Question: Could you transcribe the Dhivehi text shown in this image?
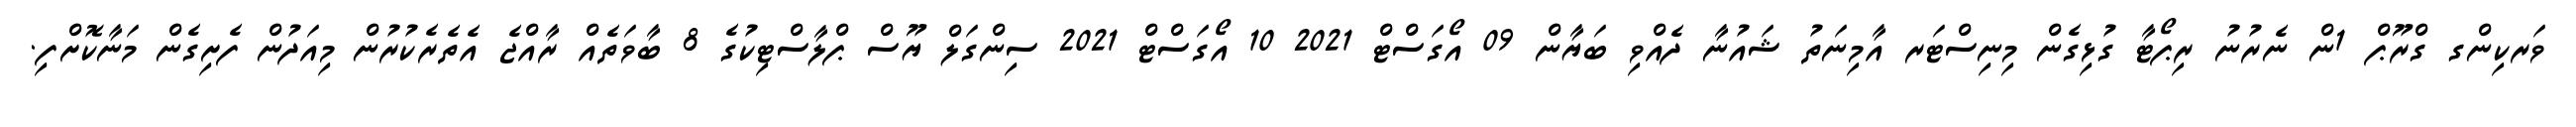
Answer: ވަރކިންގ ގްރޫޕް 1ން ނެރުނު ރިޕޯޓާ ގުޅިގެން މިނިސްޓަރ އާމިނަތު ޝައުނާ ދެއްވި ބަޔާން 09 އޯގަސްޓް 2021 10 އޯގަސްޓް 2021 ސިންގަލް ޔޫސް ޕްލާސްޓިކުގެ 8 ބާވަތެއް ރާއްޖެ އެތެރެކުރުން މިއަދުން ފެށިގެން މަނާކޮށްފި.